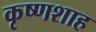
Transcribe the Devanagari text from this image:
कृष्णशाह